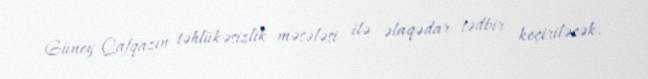
Güney Qafqazın təhlükəsizlik məsələsi ilə əlaqədar tədbir keçiriləcək.